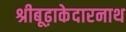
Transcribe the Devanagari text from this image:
श्रीबूढ़ाकेदारनाथ